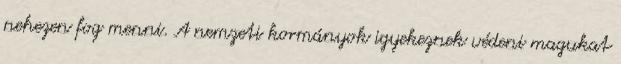
nehezen fog menni. A nemzeti kormányok igyekeznek védeni magukat